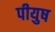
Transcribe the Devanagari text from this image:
पीयुष